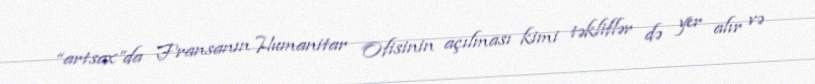
“artsax”da Fransanın Humanitar Ofisinin açılması kimi təkliflər də yer alır və